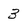
Character: 3